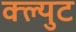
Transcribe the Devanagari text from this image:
क्ल्युट